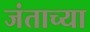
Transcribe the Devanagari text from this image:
जंताच्या